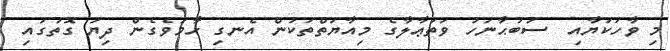
މި ވާހަކަޔާއި  ސުބުޙާނަހު ވަތަޢާލާގެ މިއާޔަތްތަކުން އެނގި ހާމަވެގެން ދިޔަ ގޮތުގައި